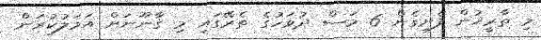
މި ތާރީޚުން ފެށިގެން 6 މަސް ދުވަހުގެ ތެރޭގައި މި ޤާނޫނަށް އަމަލުކުރަން